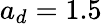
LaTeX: a_{d}=1.5